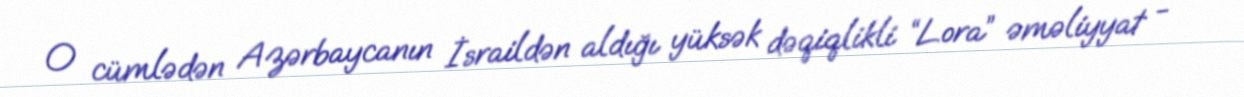
O cümlədən Azərbaycanın İsraildən aldığı yüksək dəqiqlikli “Lora” əməliyyat -